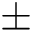
\pm